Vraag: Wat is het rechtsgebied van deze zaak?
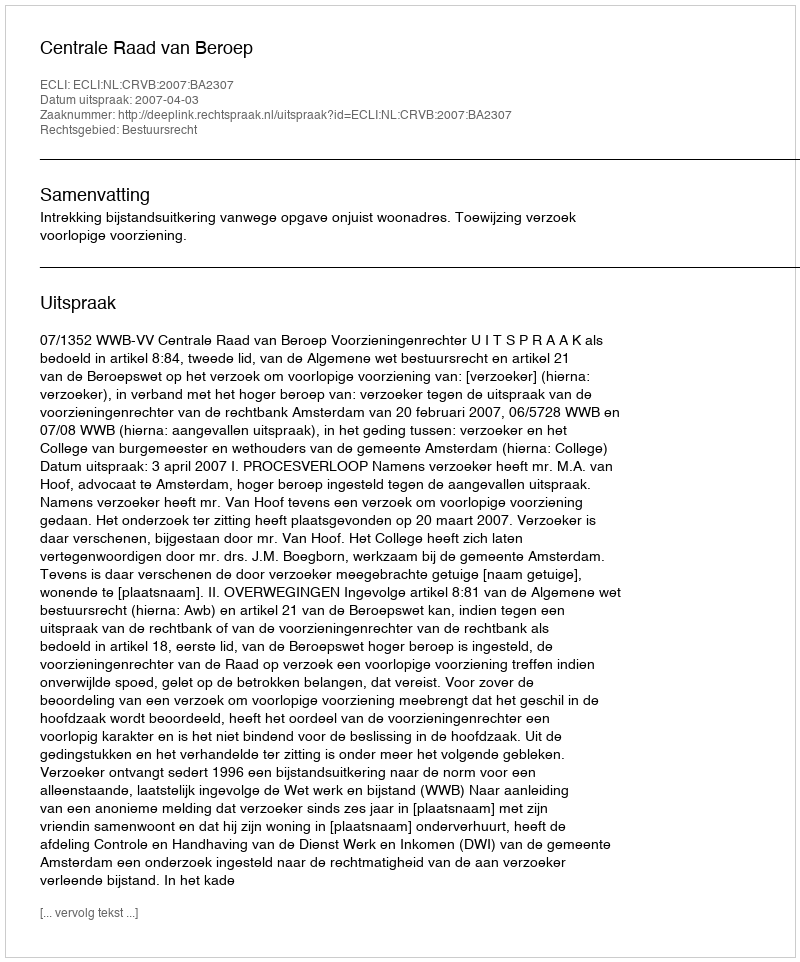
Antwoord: Bestuursrecht